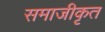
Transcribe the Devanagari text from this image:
समाजीकृत